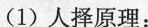
(1)人择原理：